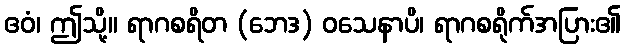
ဧဝံ၊ ဤသို့။ ရာဂစရိတ (ဘေဒ) ဝသေနာပိ၊ ရာဂစရိုက်အပြား၏